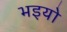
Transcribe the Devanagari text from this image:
भइयो